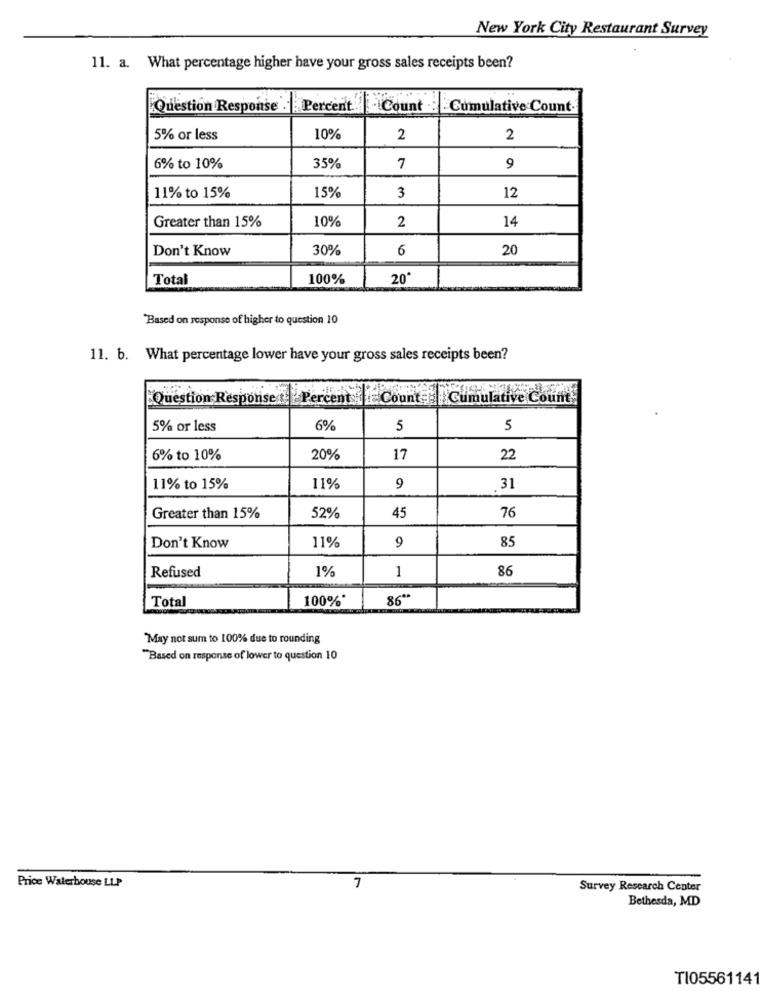
New York City Restaurant Survey
11. a. What percentage higher have your gross sales receipts been?
Question Response . Percent Count : Cumulative Count-
5% or less
10%
2
2
6% to 10%
35%
7
9
15%
12
11% to 15%
3
10%
14
Greater than 15%
2
Don't Know
30%
6
20
Total
100%
20
Based on response of higher to question 10
11. b. What percentage lower have your gross sales receipts been?
Question Response t. Percent Count: Cumulative Count
5% or less
6%
5
5
6% to 10%
20%
17
22
11% to 15%
11%
9
31
Greater than 15%
52%
45
76
85
Don't Know
11%
9
Refused
1%
86
1
Total
100%*
86 **
May not sum to 100% due to rounding
"Based on response of lower to question 10
Price Waterhouse LLP
7
Survey Research Center
Bethesda, MD
TI05561141